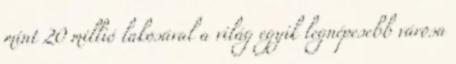
mint 20 millió lakosával a világ egyik legnépesebb városa